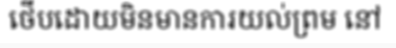
ថើបដោយមិនមានការយល់ព្រម នៅ